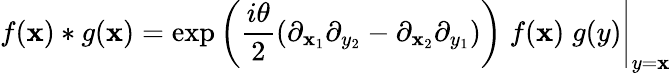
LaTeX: f(\mathbf{x})*g(\mathbf{x})=\left.\exp\left(\frac{{i\theta}}{{2}}(\partial_{\mathbf{x}_{1}}\partial_{y_{2}}-\partial_{\mathbf{x}_{2}}\partial_{y_{1}})\right)\; f(\mathbf{x})\; g(y)\right|_{y=\mathbf{x}}